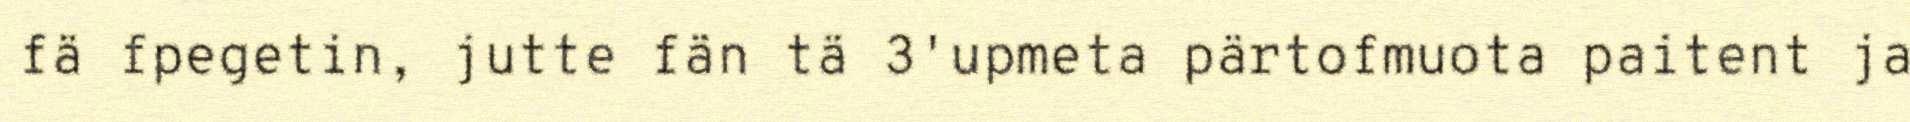
fä fpegetin, jutte fän tä 3'upmeta pärtofmuota paitent ja